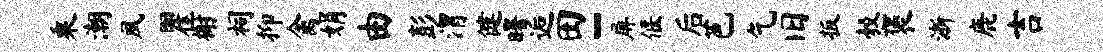
乘潮夙瞿榭祠抑禽娟由彭渭健曙逅田-屏偃后芭乞旧扳彀褒浙鹿吉